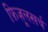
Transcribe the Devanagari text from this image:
फ़िज़ूलख़र्च